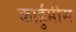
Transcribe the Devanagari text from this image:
कार्हुमीस